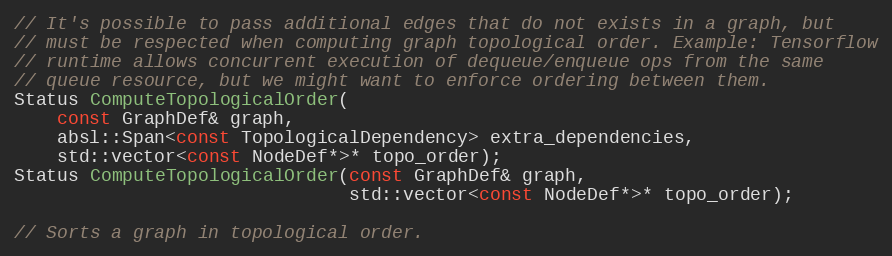
Language: C
// It's possible to pass additional edges that do not exists in a graph, but
// must be respected when computing graph topological order. Example: Tensorflow
// runtime allows concurrent execution of dequeue/enqueue ops from the same
// queue resource, but we might want to enforce ordering between them.
Status ComputeTopologicalOrder(
    const GraphDef& graph,
    absl::Span<const TopologicalDependency> extra_dependencies,
    std::vector<const NodeDef*>* topo_order);
Status ComputeTopologicalOrder(const GraphDef& graph,
                               std::vector<const NodeDef*>* topo_order);

// Sorts a graph in topological order.